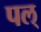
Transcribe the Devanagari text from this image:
पल्